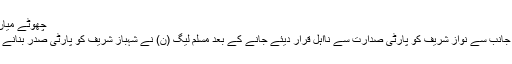
چھوٹے میاں صاحب اب خ...
سپریم کورٹ کی جانب سے نواز شریف کو پارٹی صدارت سے نااہل قرار دیئے جانے کے بعد مسلم لیگ (ن) نے شہباز شریف کو پارٹی صدر بنانے کا فیصلہ کیا ہے۔